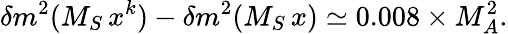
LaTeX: \delta m^{2}(M_{S}\, x^{k})-\delta m^{2}(M_{S}\, x)\simeq 0.008\times M_{A}^{2}.